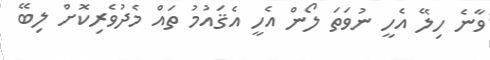
ވާނެ ހިލޭ އެހީ ނުވަތަ ލޯން އެހީ އެޤައުމު ތައް މެދުވެރިކޮށް ލިބޭ